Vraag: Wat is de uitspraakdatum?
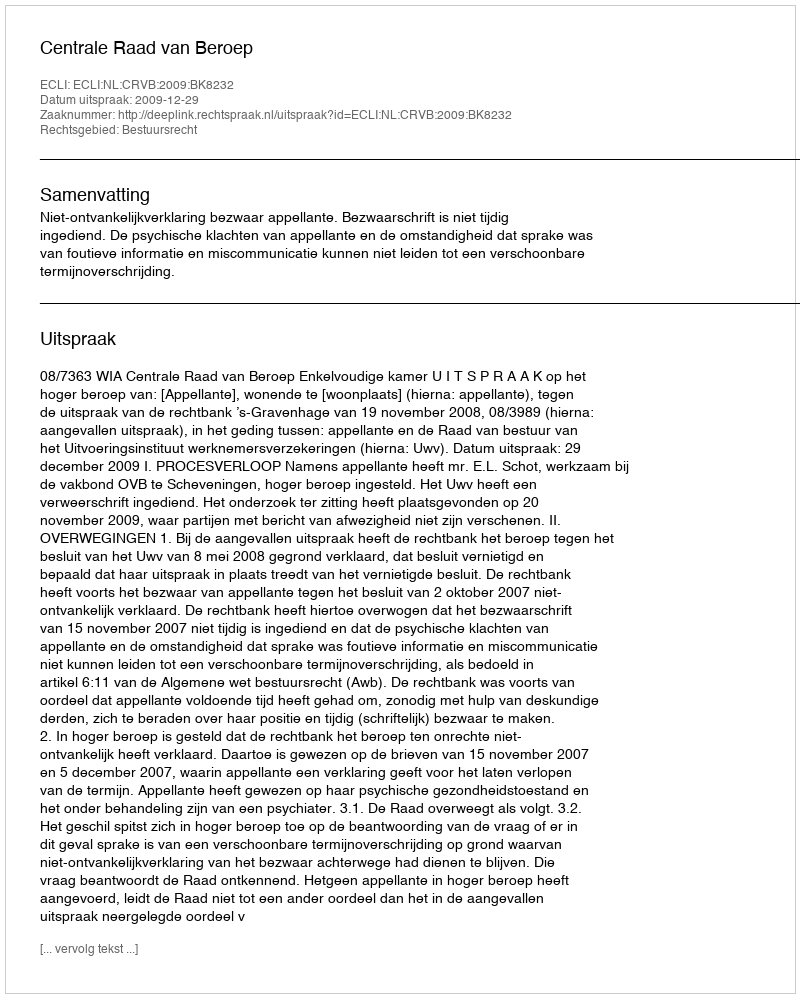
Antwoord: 2009-12-29